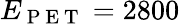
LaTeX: E_{\mathrm{~P~E~T~}}=2800